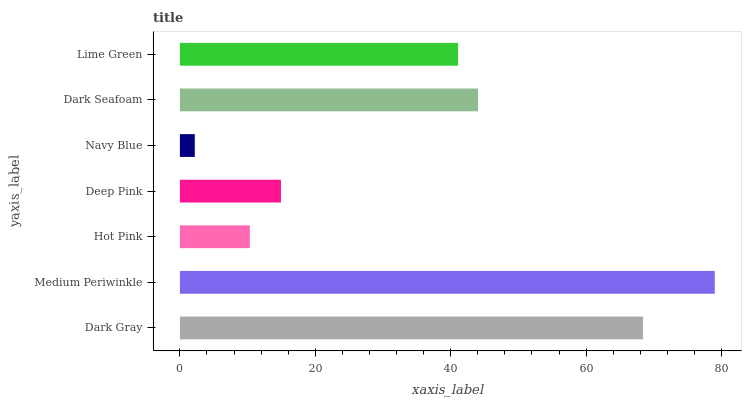
| yaxis_label | bars |
 | --- | --- |
 | Dark Gray | 68.4 |
 | Medium Periwinkle | 79 |
 | Hot Pink | 10.3 |
 | Deep Pink | 14.9 |
 | Navy Blue | 2.2 |
 | Dark Seafoam | 44 |
 | Lime Green | 41.1 |